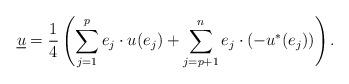
LaTeX: \begin{align*}\underline{u}=\frac{1}{4}\left(\sum_{j=1}^pe_j\cdot u(e_j)+\sum_{j=p+1}^ne_j\cdot (-u^*(e_j))\right).\end{align*}